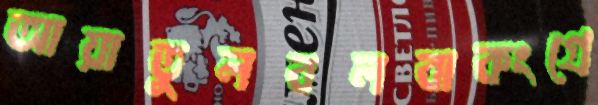
আয়াতুলবলবাকংগ্রে